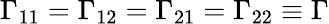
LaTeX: \Gamma_{11}=\Gamma_{12}=\Gamma_{21}=\Gamma_{22}\equiv\Gamma